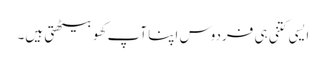
ایسی کتنی ہی فردوس اپنا آپ کھو بیٹھتی ہیں۔